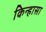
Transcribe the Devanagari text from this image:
किन्हासा